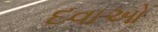
દવાઓ